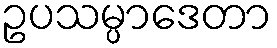
ဥပသမ္ပာဒေတာ